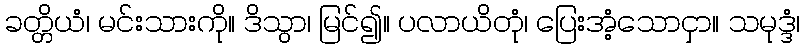
ခတ္တိယံ၊ မင်းသားကို။ ဒိသွာ၊ မြင်၍။ ပလာယိတုံ၊ ပြေးအံ့သောငှာ။ သမုဒ္ဒံ၊